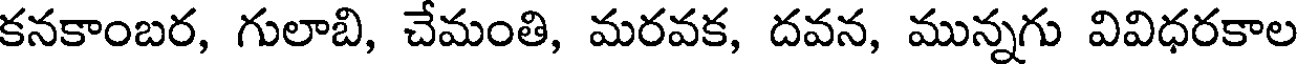
కనకాంబర, గులాబి, చేమంతి, మరవక, దవన, మున్నగు వివిధరకాల